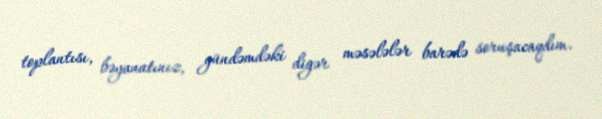
toplantısı, bəyanatınız, gündəmdəki digər məsələlər barədə soruşacaqdım.